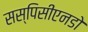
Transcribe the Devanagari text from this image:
सस्पिसीएनडो